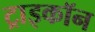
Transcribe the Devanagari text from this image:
ट्राइकॉन